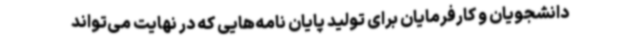
دانشجویان و کارفرمایان برای تولید پایان نامه‌هایی که در نهایت می‌تواند